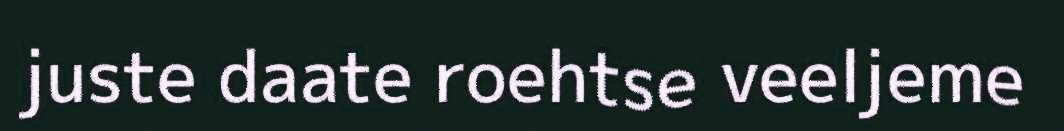
juste daate roehtse veeljeme